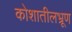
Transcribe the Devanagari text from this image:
कोशातीलभ्रूण